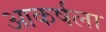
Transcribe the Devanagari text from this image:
आकर्षला